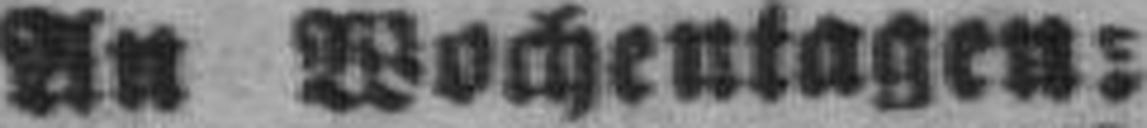
An Wochentagen: